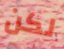
لكن